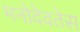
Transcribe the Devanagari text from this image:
मनोदेवतेस